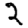
Digit: 2